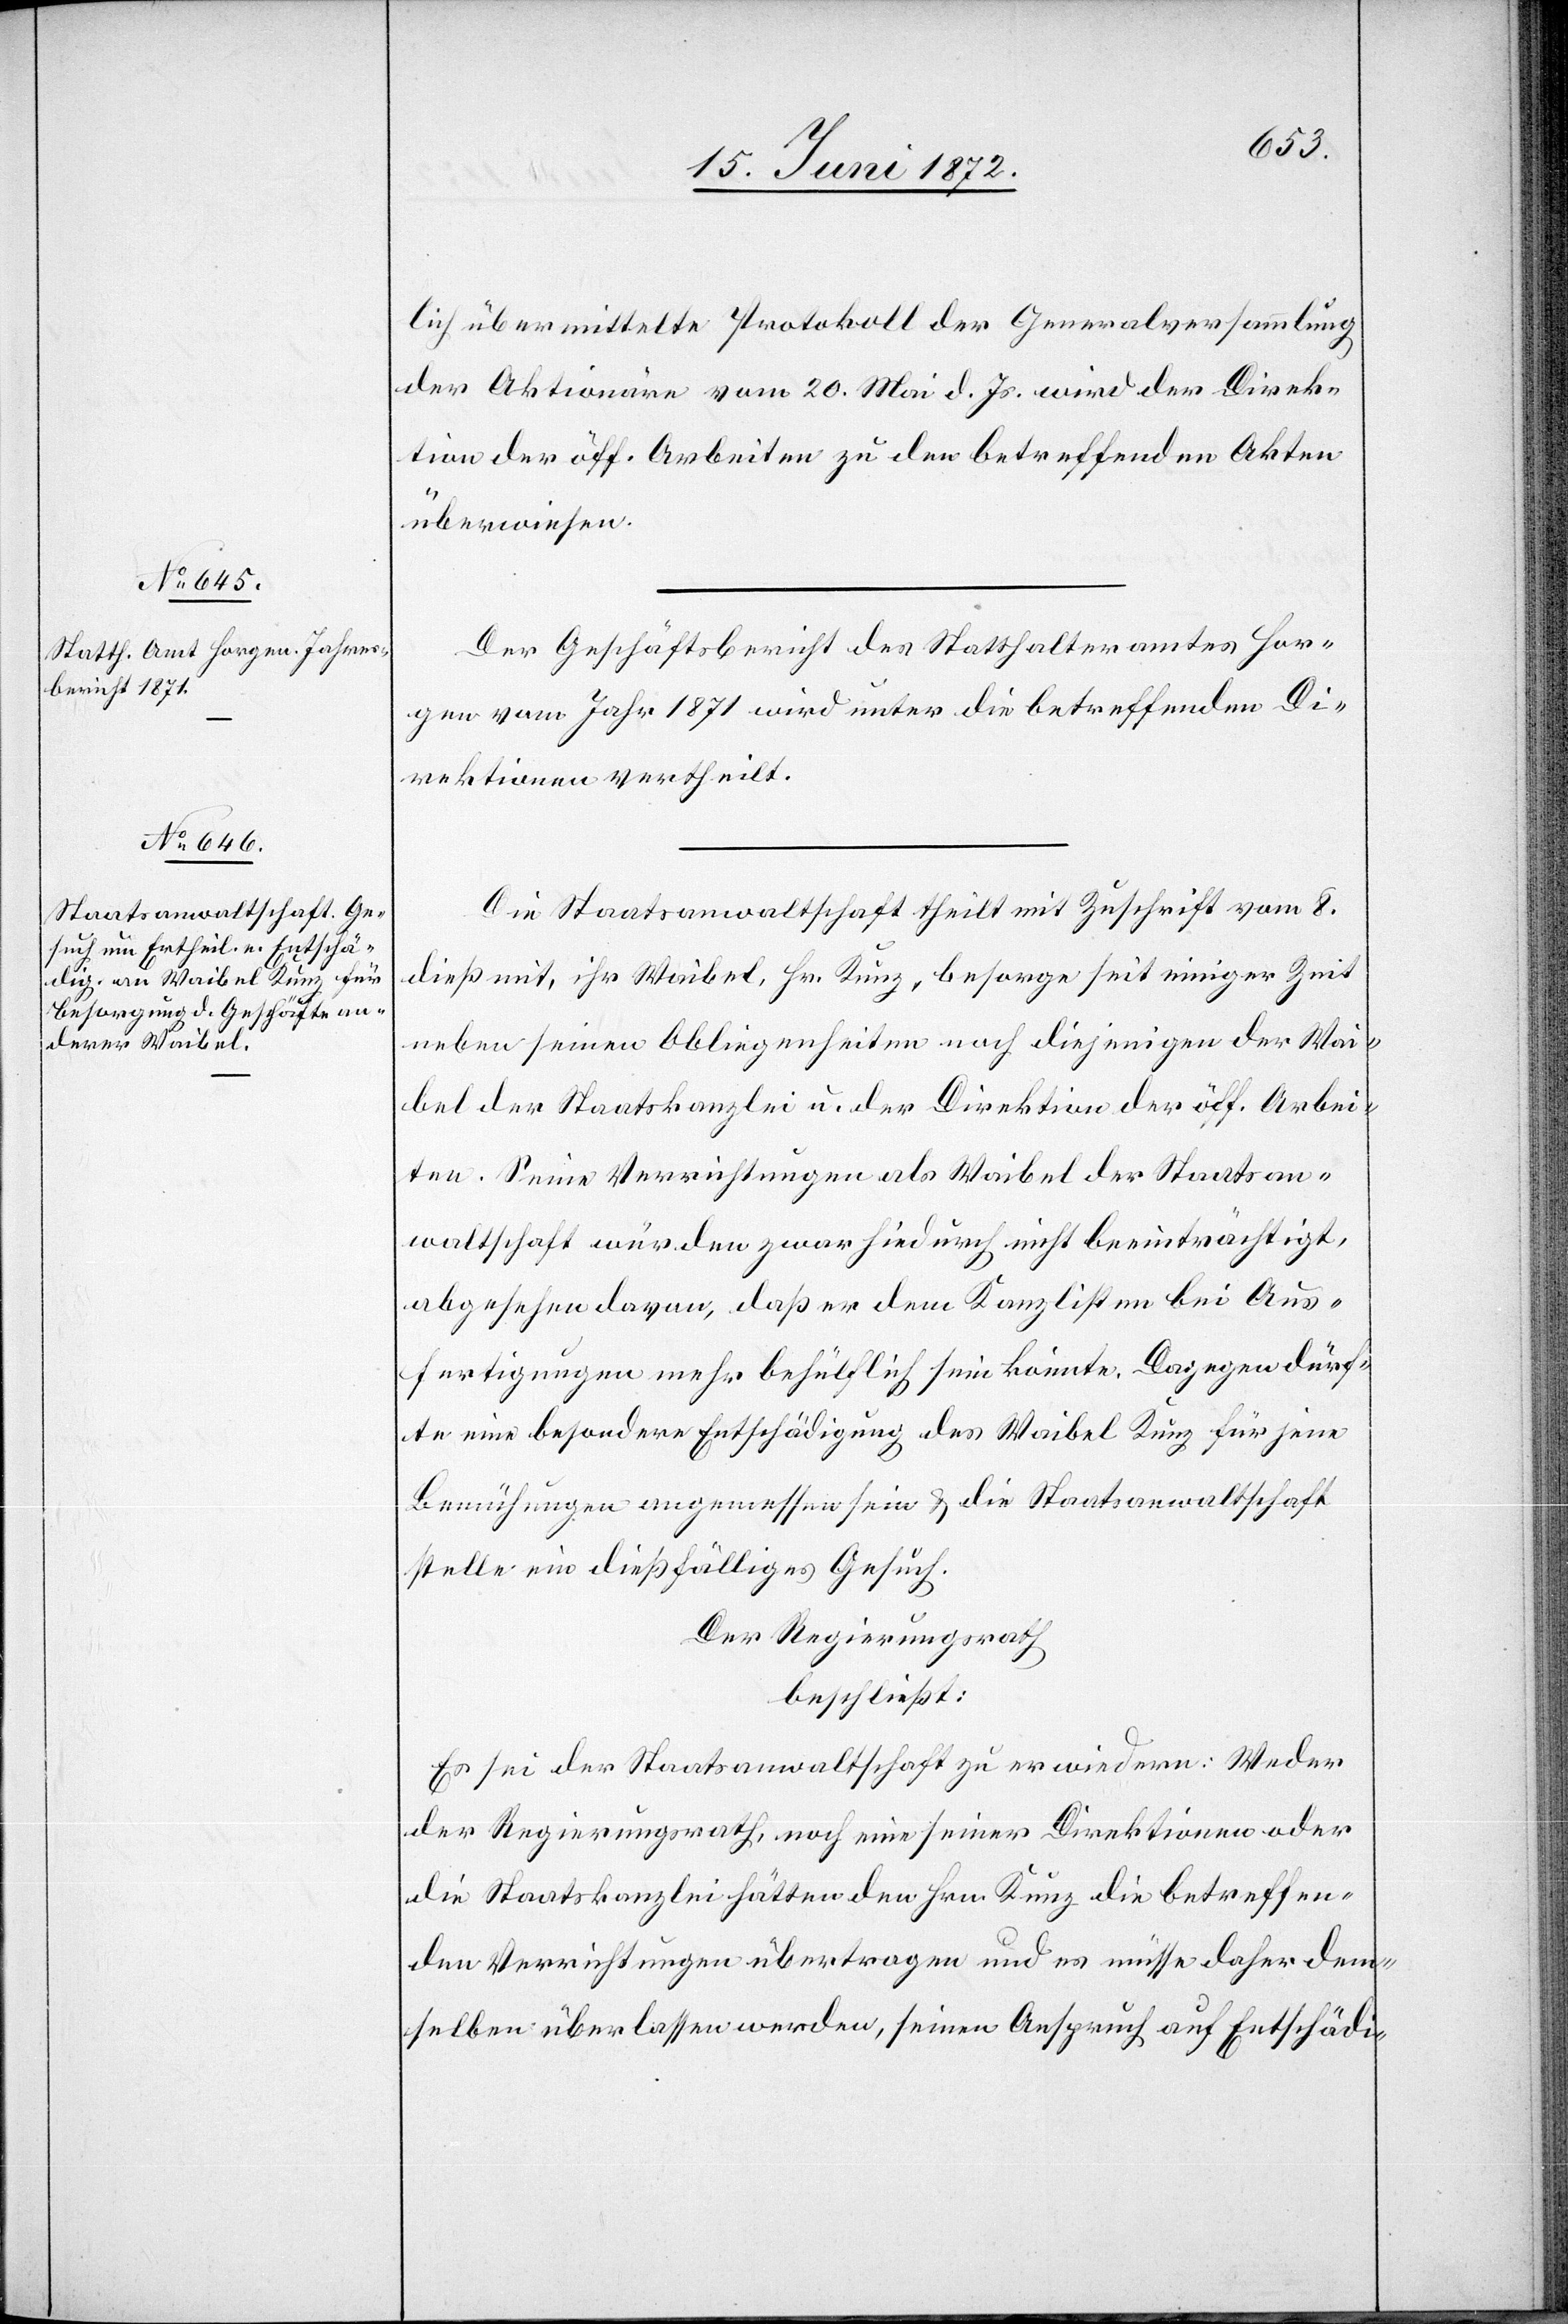
lich übermittelte Protokoll der Generalversammlung
der Aktionäre vom 20. Mai d. Js. wird der Direk¬
tion der öff. Arbeiten zu den betreffenden Akten
überwiesen.
Der Geschäftsbericht des Statthalteramtes Hor¬
gen vom Jahr 1871 wird unter die betreffenden Di¬
rektionen vertheilt.
Die Staatsanwaltschaft theilt mit Zuschrift vom 8.
dieß mit, ihr Waibel, Hr. Kunz, besorge seit einiger Zeit
neben seinen Obliegenheiten noch diejenigen der Wai¬
bel der Staatskanzlei u. der Direktion der öff. Arbei¬
ten. Seine Verrichtungen als Waibel der Staatsan¬
waltschaft würden zwar hiedurch nicht beeinträchtigt,
abgesehen davon, daß er dem Kanzlisten bei Aus¬
fertigungen mehr behülflich sein könnte. Dagegen dürf¬
te eine besondere Entschädigung des Waibel Kunz für jene
Bemühungen angemessen sein u. die Staatsanwaltschaft
stelle ein dießfälliges Gesuch.
Der Regierungsrath
beschließt:
Es sei der Staatsanwaltschaft zu erwiedern: Weder
der Regierungsrath, noch eine seiner Direktionen oder
die Staatskanzlei hätten den Hrn. Kunz die betreffen¬
den Verrichtungen übertragen und es müsse daher dem¬
selben überlassen werden, seinen Anspruch auf Entschädi-